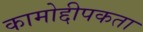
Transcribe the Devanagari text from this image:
कामोद्दीपकता